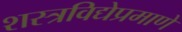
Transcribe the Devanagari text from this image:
शस्त्रविद्येप्रमाणे